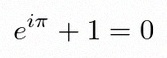
e^{i\pi}+1=0